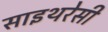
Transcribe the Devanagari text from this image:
साइथरेसी